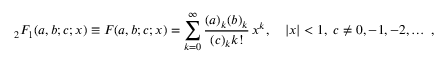
{ } _ { 2 } F _ { 1 } ( a , b ; c ; x ) \equiv F ( a , b ; c ; x ) = \sum _ { k = 0 } ^ { \infty } { \frac { ( a ) _ { k } ( b ) _ { k } } { ( c ) _ { k } k ! } } \, x ^ { k } , \quad | x | < 1 , \; c \ne 0 , - 1 , - 2 , \ldots \; ,